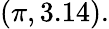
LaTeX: (\pi,3.14).